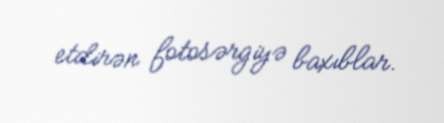
etdirən fotosərgiyə baxıblar.